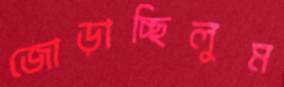
জোড়াচ্ছিলুম